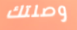
وصلتك